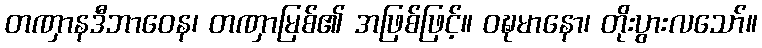
တဏှာနဒီဘာဝေန၊ တဏှာမြစ်၏ အဖြစ်ဖြင့်။ ဝဍ္ဎမာနော၊ တိုးပွားလသော်။